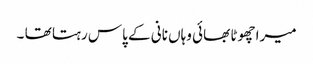
میرا چھوٹا بھائی وہاں نانی کے پاس رہتا تھا ۔